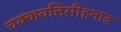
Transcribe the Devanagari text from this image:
चक्कवत्तिसीहनाद